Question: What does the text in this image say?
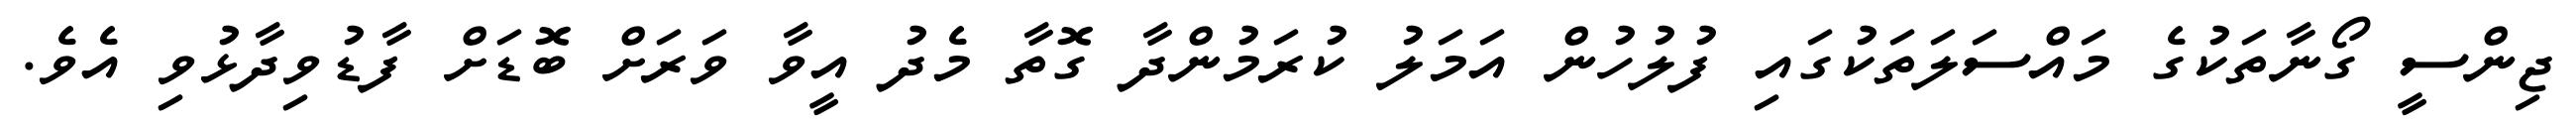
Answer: ޖިންސީ ގޯނާތަކުގެ މައްސަލަތަކުގައި ފުލުހުން އަމަލު ކުރަމުންދާ ގޮތާ މެދު އީވާ ވަރަށް ބޮޑަށް ފާޑުވިދާޅުވި އެވެ.